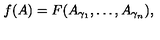
f ( A ) = F ( A _ { \gamma _ { 1 } } , \dots , A _ { \gamma _ { n } } ) ,